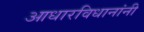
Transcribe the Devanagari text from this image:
आधारविधानांनी